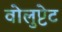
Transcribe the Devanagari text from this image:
वोलुप्टेट